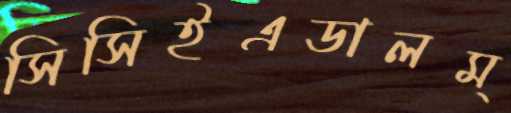
সিসিইএডালম্